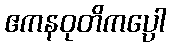
ဧကနဝုတိကပ္ပေါ